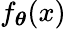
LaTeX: f_{\boldsymbol{\theta}}(x)